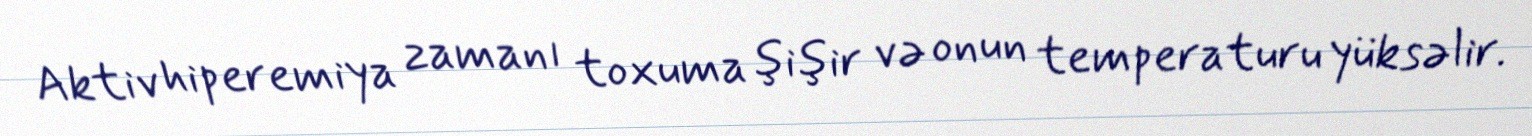
Aktiv hiperemiya zamanı toxuma şişir və onun temperaturu yüksəlir.